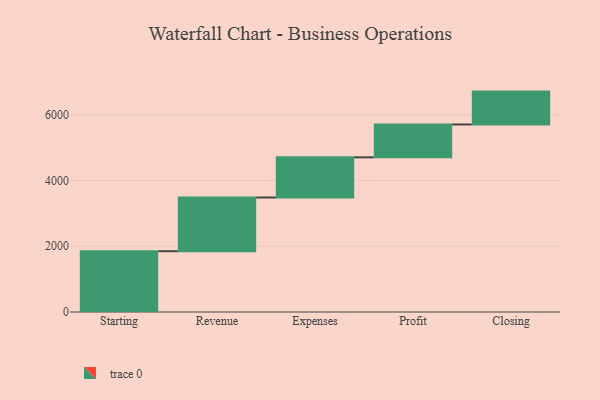
{"axis": {"x": "Step", "y": "Value"}, "legend": [""], "data": [{"x": "Starting", "y": 1850.0, "type": ""}, {"x": "Revenue", "y": 1634.0, "type": ""}, {"x": "Expenses", "y": 1222.0, "type": ""}, {"x": "Profit", "y": 1000, "type": ""}, {"x": "Closing", "y": 1000, "type": ""}]}